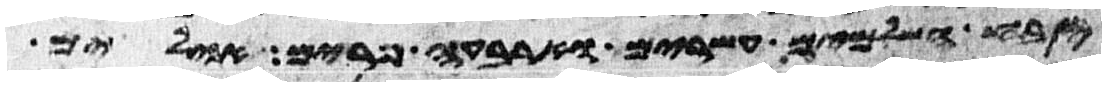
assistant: זבח השלמים עשרים וארבעה פרים אילים